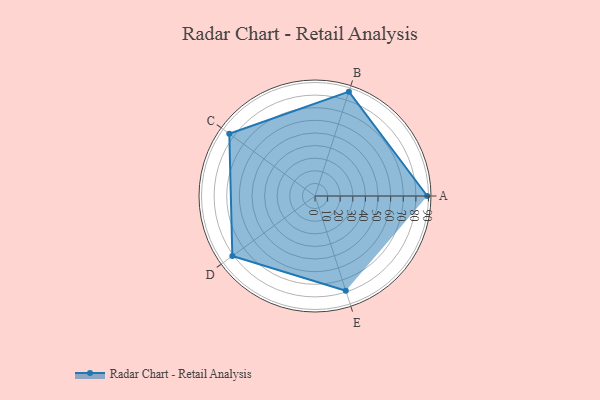
{"axis": {"x": "Skill", "y": "Score"}, "legend": ["Profile"], "data": [{"x": "A", "y": 89.0, "type": "Profile"}, {"x": "B", "y": 87.0, "type": "Profile"}, {"x": "C", "y": 84.0, "type": "Profile"}, {"x": "D", "y": 81.0, "type": "Profile"}, {"x": "E", "y": 79.0, "type": "Profile"}]}